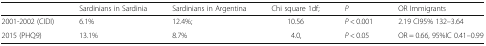
|  | Sardinians in Sardinia | Sardinians in Argentina | Chi square 1df; | P | OR Immigrants |
 | --- | --- | --- | --- | --- | --- |
 | 2001-2002 (CIDI) | 6.1% | 12.4%; | 10.56 | P < 0.001 | 2.19 CI95% 132–3.64 |
 | 2015 (PHQ9) | 13.1% | 8.7% | 4.0, | P < 0.05 | OR = 0.66, 95%IC 0.41–0.99 |